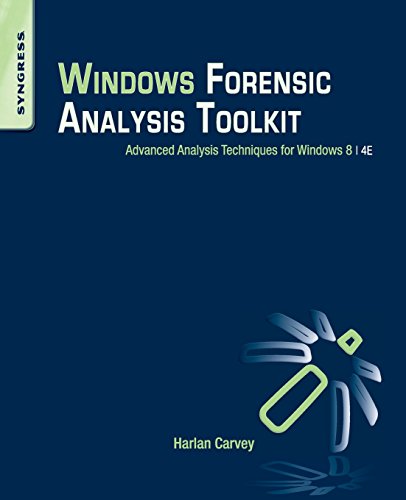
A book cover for Windows Forensic Analysis Toolkit, Fourth Edition: Advanced Analysis Techniques for Windows 8; Harlan Carvey; Law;